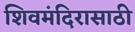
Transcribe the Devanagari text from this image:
शिवमंदिरासाठी